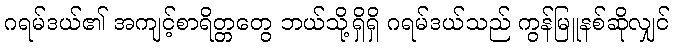
ဂရမ်ဒယ်၏ အကျင့်စာရိတ္တတွေ ဘယ်သို့ရှိရှိ ဂရမ်ဒယ်သည် ကွန်မြူနစ်ဆိုလျှင်